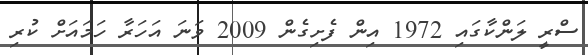
ސްރީ ލަންކާގައި 1972 އިން ފެށިގެން 2009 ވަނަ އަހަރާ ހަމައަށް ކުރި